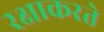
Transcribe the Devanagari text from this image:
रक्षाकरते